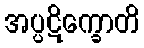
အပ္ပဋိက္ခောတိ